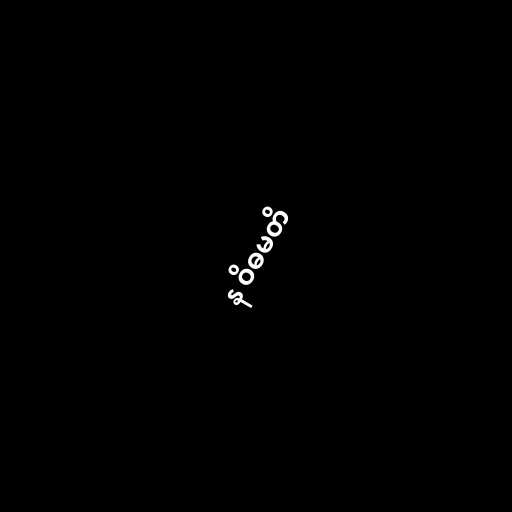
န ဝိဓမတိ